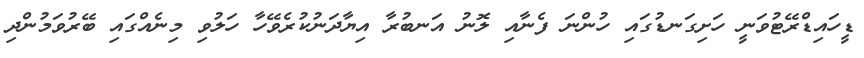
ޑީހައިޑްރޭޓުވަނީ ހަށިގަނޑުގައި ހުންނަ ފެނާއި ލޮނު އަނބުރާ އިޔާދަނުކުރެވޭހާ ހަލުވި މިނެއްގައި ބޭރުވަމުންދި